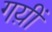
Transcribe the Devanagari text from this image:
गय़ीं